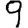
Digit: 9